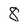
Character: 8